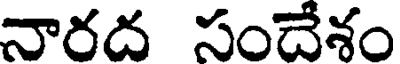
నారద సందేశం